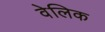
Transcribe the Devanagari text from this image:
वेलिक